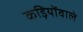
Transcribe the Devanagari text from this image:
कड़ियोंवाले